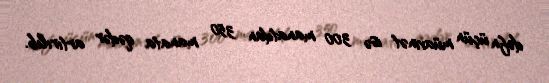
dəfn üçün müavinət isə 300 manatdan 350 manata qədər artırılıb.